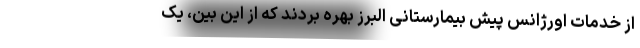
از خدمات اورژانس پیش بیمارستانی البرز بهره بردند که از این بین، یک